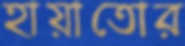
হায়াতোর